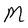
Character: M